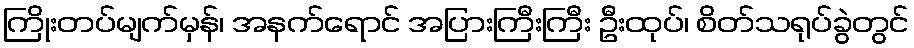
ကြိုးတပ်မျက်မှန်၊ အနက်ရောင် အပြားကြီးကြီး ဦးထုပ်၊ စိတ်သရုပ်ခွဲတွင်